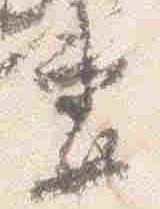
妻